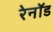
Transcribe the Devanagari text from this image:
रेनॉड